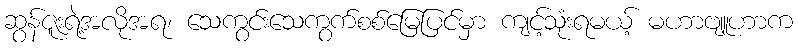
ဆွန်ဇူးရဲ့အလိုအရ၊ သေကွင်းသေကွက်စစ်မြေပြင်မှာ ကျင့်သုံးရမယ့် မဟာဗျူဟာက